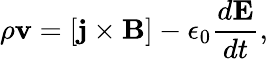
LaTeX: \rho\mathbf{v}=[\mathbf{j}\times\mathbf{B}]-\epsilon_{0}\frac{d\mathbf{E}}{dt},